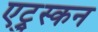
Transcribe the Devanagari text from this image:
एट्रुस्कन